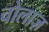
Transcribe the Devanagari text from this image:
चोलाज़